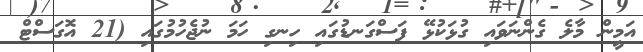
އަމީން މާލެ ގެންނަވައި ގުޅަކުޅޭ ފަސްގަނޑުގައި ހިނގި ހަމަ ނުޖެހުމުގައި (21 އޮގަސްޓް